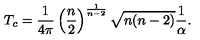
T _ { c } = \frac { 1 } { 4 \pi } \left( \frac { n } { 2 } \right) ^ { \frac { 1 } { n - 2 } } \sqrt { n ( n - 2 ) } \frac { 1 } { \alpha } .